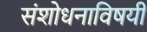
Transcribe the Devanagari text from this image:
संशोधनाविषयी